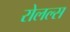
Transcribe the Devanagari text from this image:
रोलल्स